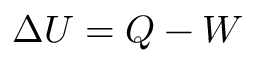
\Delta U = Q - W